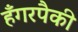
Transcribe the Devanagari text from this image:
हँगरपैकी